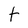
Character: t